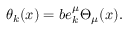
\theta _ { k } ( x ) = b e _ { k } ^ { \mu } \Theta _ { \mu } ( x ) .